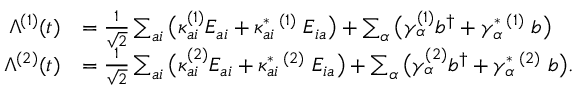
\begin{array} { r l } { \Lambda ^ { ( 1 ) } ( t ) } & { = \frac { 1 } { \sqrt { 2 } } \sum _ { a i } \big ( \kappa _ { a i } ^ { ( 1 ) } E _ { a i } + \kappa _ { a i } ^ { * } \, ^ { ( 1 ) } \; E _ { i a } \big ) + \sum _ { \alpha } \big ( \gamma _ { \alpha } ^ { ( 1 ) } b ^ { \dagger } + \gamma _ { \alpha } ^ { * } \, ^ { ( 1 ) } \; b \big ) } \\ { \Lambda ^ { ( 2 ) } ( t ) } & { = \frac { 1 } { \sqrt { 2 } } \sum _ { a i } \big ( \kappa _ { a i } ^ { ( 2 ) } E _ { a i } + \kappa _ { a i } ^ { * } \, ^ { ( 2 ) } \; E _ { i a } \big ) + \sum _ { \alpha } \big ( \gamma _ { \alpha } ^ { ( 2 ) } b ^ { \dagger } + \gamma _ { \alpha } ^ { * } \, ^ { ( 2 ) } \; b \big ) . } \end{array}